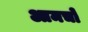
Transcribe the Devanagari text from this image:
आमचो